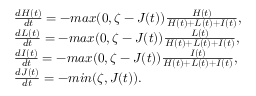
\begin{array} { l } { \frac { d H ( t ) } { d t } = - m a x ( 0 , \zeta - J ( t ) ) \frac { H ( t ) } { H ( t ) + L ( t ) + I ( t ) } , } \\ { \frac { d L ( t ) } { d t } = - m a x ( 0 , \zeta - J ( t ) ) \frac { L ( t ) } { H ( t ) + L ( t ) + I ( t ) } , } \\ { \frac { d I ( t ) } { d t } = - m a x ( 0 , \zeta - J ( t ) ) \frac { I ( t ) } { H ( t ) + L ( t ) + I ( t ) } , } \\ { \frac { d J ( t ) } { d t } = - m i n ( \zeta , J ( t ) ) . } \end{array}